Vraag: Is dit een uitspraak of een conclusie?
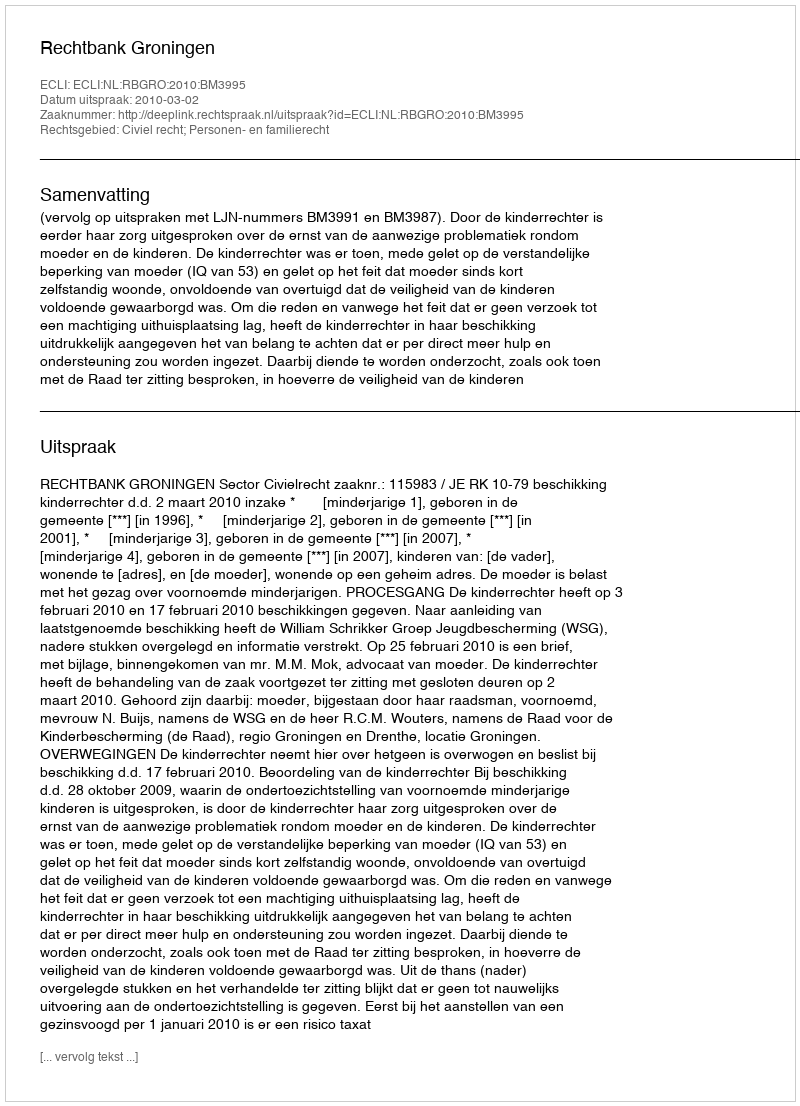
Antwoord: Uitspraak